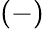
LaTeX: (-)